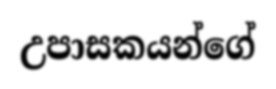
උපාසකයන්ගේ